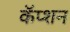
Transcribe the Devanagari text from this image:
कॅप्शन